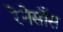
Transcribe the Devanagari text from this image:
रेनेसाँस